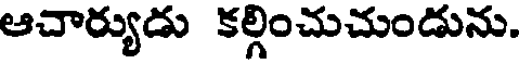
ఆచార్యుడు కల్గించుచుండును.